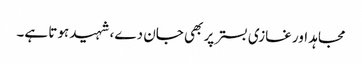
مجاہد اور غازی بستر پر بھی جان دے، شہید ہوتا ہے۔